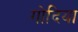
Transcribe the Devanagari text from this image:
गोदिया